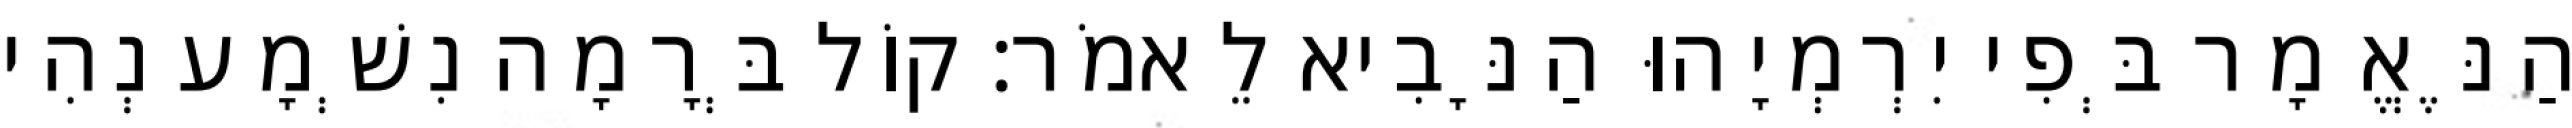
הַנֶּאֱמָר בְּפִי יִרְמְיָהוּ הַנָּבִיא לֵאמֹר׃ קוֹל בְּרָמָה נִשְׁמָע נְהִי